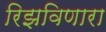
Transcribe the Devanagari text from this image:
रिझविणारा